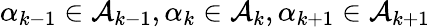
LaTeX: \alpha_{k-1}\in\mathcal{A}_{k-1},\alpha_{k}\in\mathcal{A}_{k},\alpha_{k+1}\in\mathcal{A}_{k+1}